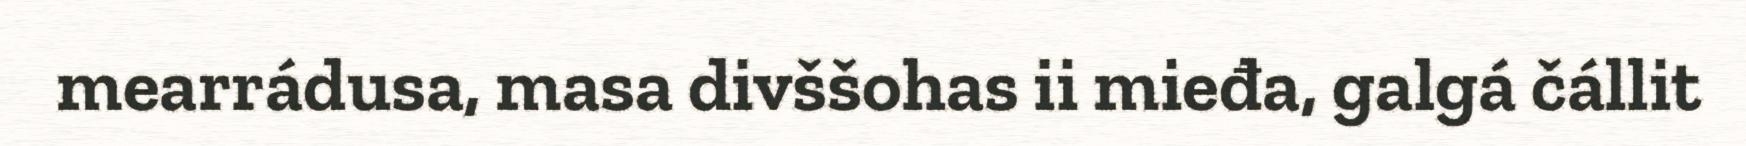
mearrádusa, masa divššohas ii mieđa, galgá čállit